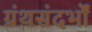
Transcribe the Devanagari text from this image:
ग्रंथसंदर्भों